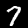
Digit: 7